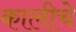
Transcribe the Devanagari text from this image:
कालीचे